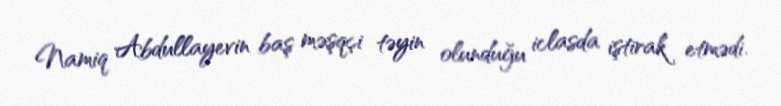
Namiq Abdullayevin baş məşqçi təyin olunduğu iclasda iştirak etmədi.